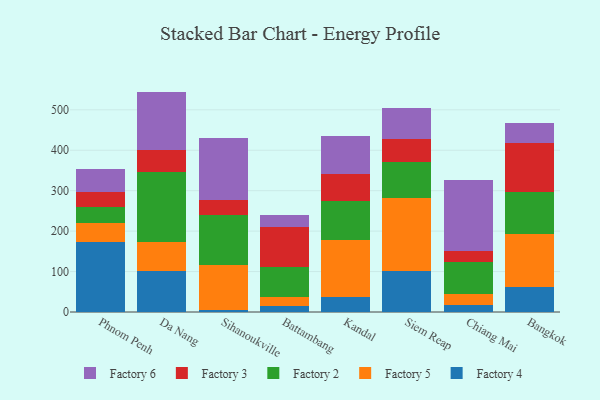
{"axis": {"x": "City", "y": "Budget (USD K)"}, "legend": ["Factory 2", "Factory 3", "Factory 4", "Factory 5", "Factory 6"], "data": [{"x": "Phnom Penh", "y": 173.4, "type": "Factory 4"}, {"x": "Phnom Penh", "y": 47.3, "type": "Factory 5"}, {"x": "Phnom Penh", "y": 39.6, "type": "Factory 2"}, {"x": "Phnom Penh", "y": 35.9, "type": "Factory 3"}, {"x": "Phnom Penh", "y": 57.8, "type": "Factory 6"}, {"x": "Da Nang", "y": 101.3, "type": "Factory 4"}, {"x": "Da Nang", "y": 71.7, "type": "Factory 5"}, {"x": "Da Nang", "y": 174.2, "type": "Factory 2"}, {"x": "Da Nang", "y": 52.3, "type": "Factory 3"}, {"x": "Da Nang", "y": 145.5, "type": "Factory 6"}, {"x": "Sihanoukville", "y": 5.3, "type": "Factory 4"}, {"x": "Sihanoukville", "y": 110.4, "type": "Factory 5"}, {"x": "Sihanoukville", "y": 125.2, "type": "Factory 2"}, {"x": "Sihanoukville", "y": 36.8, "type": "Factory 3"}, {"x": "Sihanoukville", "y": 152.7, "type": "Factory 6"}, {"x": "Battambang", "y": 15.7, "type": "Factory 4"}, {"x": "Battambang", "y": 21.5, "type": "Factory 5"}, {"x": "Battambang", "y": 75.0, "type": "Factory 2"}, {"x": "Battambang", "y": 98.4, "type": "Factory 3"}, {"x": "Battambang", "y": 29.4, "type": "Factory 6"}, {"x": "Kandal", "y": 37.1, "type": "Factory 4"}, {"x": "Kandal", "y": 139.8, "type": "Factory 5"}, {"x": "Kandal", "y": 97.6, "type": "Factory 2"}, {"x": "Kandal", "y": 67.4, "type": "Factory 3"}, {"x": "Kandal", "y": 94.0, "type": "Factory 6"}, {"x": "Siem Reap", "y": 101.2, "type": "Factory 4"}, {"x": "Siem Reap", "y": 179.9, "type": "Factory 5"}, {"x": "Siem Reap", "y": 90.5, "type": "Factory 2"}, {"x": "Siem Reap", "y": 57.3, "type": "Factory 3"}, {"x": "Siem Reap", "y": 75.5, "type": "Factory 6"}, {"x": "Chiang Mai", "y": 17.8, "type": "Factory 4"}, {"x": "Chiang Mai", "y": 27.3, "type": "Factory 5"}, {"x": "Chiang Mai", "y": 78.5, "type": "Factory 2"}, {"x": "Chiang Mai", "y": 26.1, "type": "Factory 3"}, {"x": "Chiang Mai", "y": 177.9, "type": "Factory 6"}, {"x": "Bangkok", "y": 60.9, "type": "Factory 4"}, {"x": "Bangkok", "y": 131.5, "type": "Factory 5"}, {"x": "Bangkok", "y": 105.0, "type": "Factory 2"}, {"x": "Bangkok", "y": 121.4, "type": "Factory 3"}, {"x": "Bangkok", "y": 47.7, "type": "Factory 6"}]}